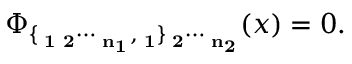
\Phi _ { \bf \{ \mu _ { 1 } \mu _ { 2 } \cdots \mu _ { n _ { 1 } } , \nu _ { 1 } \} \nu _ { 2 } \cdots \nu _ { n _ { 2 } } } ( x ) = 0 .